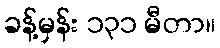
ခန့်မှန်း ၁၃၁ မီတာ။